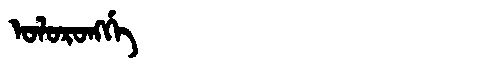
Manchu: ᠣᠯᠣᡵᠣᠩᡤᡝ
Romanization: OLORONGGE